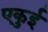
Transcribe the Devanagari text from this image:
एकुई